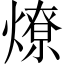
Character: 燎